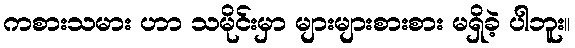
ကစားသမား ဟာ သမိုင်းမှာ များများစားစား မရှိခဲ့ ပါဘူး။